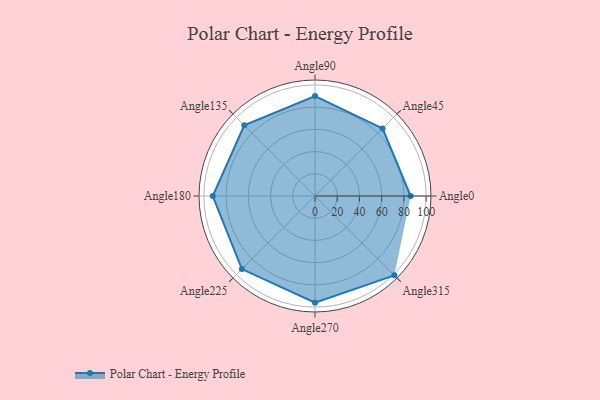
{"axis": {"x": "Angle", "y": "Radius"}, "legend": [""], "data": [{"x": "Angle0", "y": 86.0, "type": ""}, {"x": "Angle45", "y": 86.0, "type": ""}, {"x": "Angle90", "y": 90.0, "type": ""}, {"x": "Angle135", "y": 90.0, "type": ""}, {"x": "Angle180", "y": 92.0, "type": ""}, {"x": "Angle225", "y": 93.0, "type": ""}, {"x": "Angle270", "y": 96.0, "type": ""}, {"x": "Angle315", "y": 101.0, "type": ""}]}